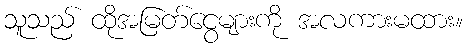
သူသည် ထိုအမြတ်ငွေများကို အလကားမထား။